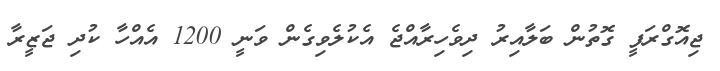
ޖިއޮގްރަފީ ގޮތުން ބަލާއިރު ދިވެހިރާއްޖެ އެކުލެވިގެން ވަނީ 1200 އެއްހާ ކުދި ޖަޒީރާ